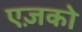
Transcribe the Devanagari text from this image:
एज़को